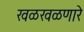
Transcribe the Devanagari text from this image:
खळखळणारे